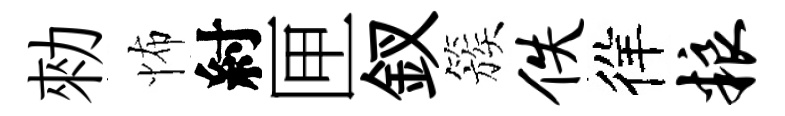
勑怖紂匣釵簇佚徉粮